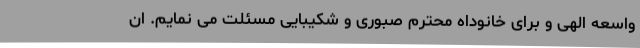
واسعه الهی و برای خانوداه محترم صبوری و شکیبایی مسئلت می نمایم. ان